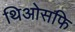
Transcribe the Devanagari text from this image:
थिओसफि